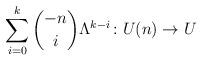
LaTeX: \begin{align*}\sum_{i=0}^{k} {-n \choose i} \Lambda^{k-i} \colon U(n) \to U\end{align*}